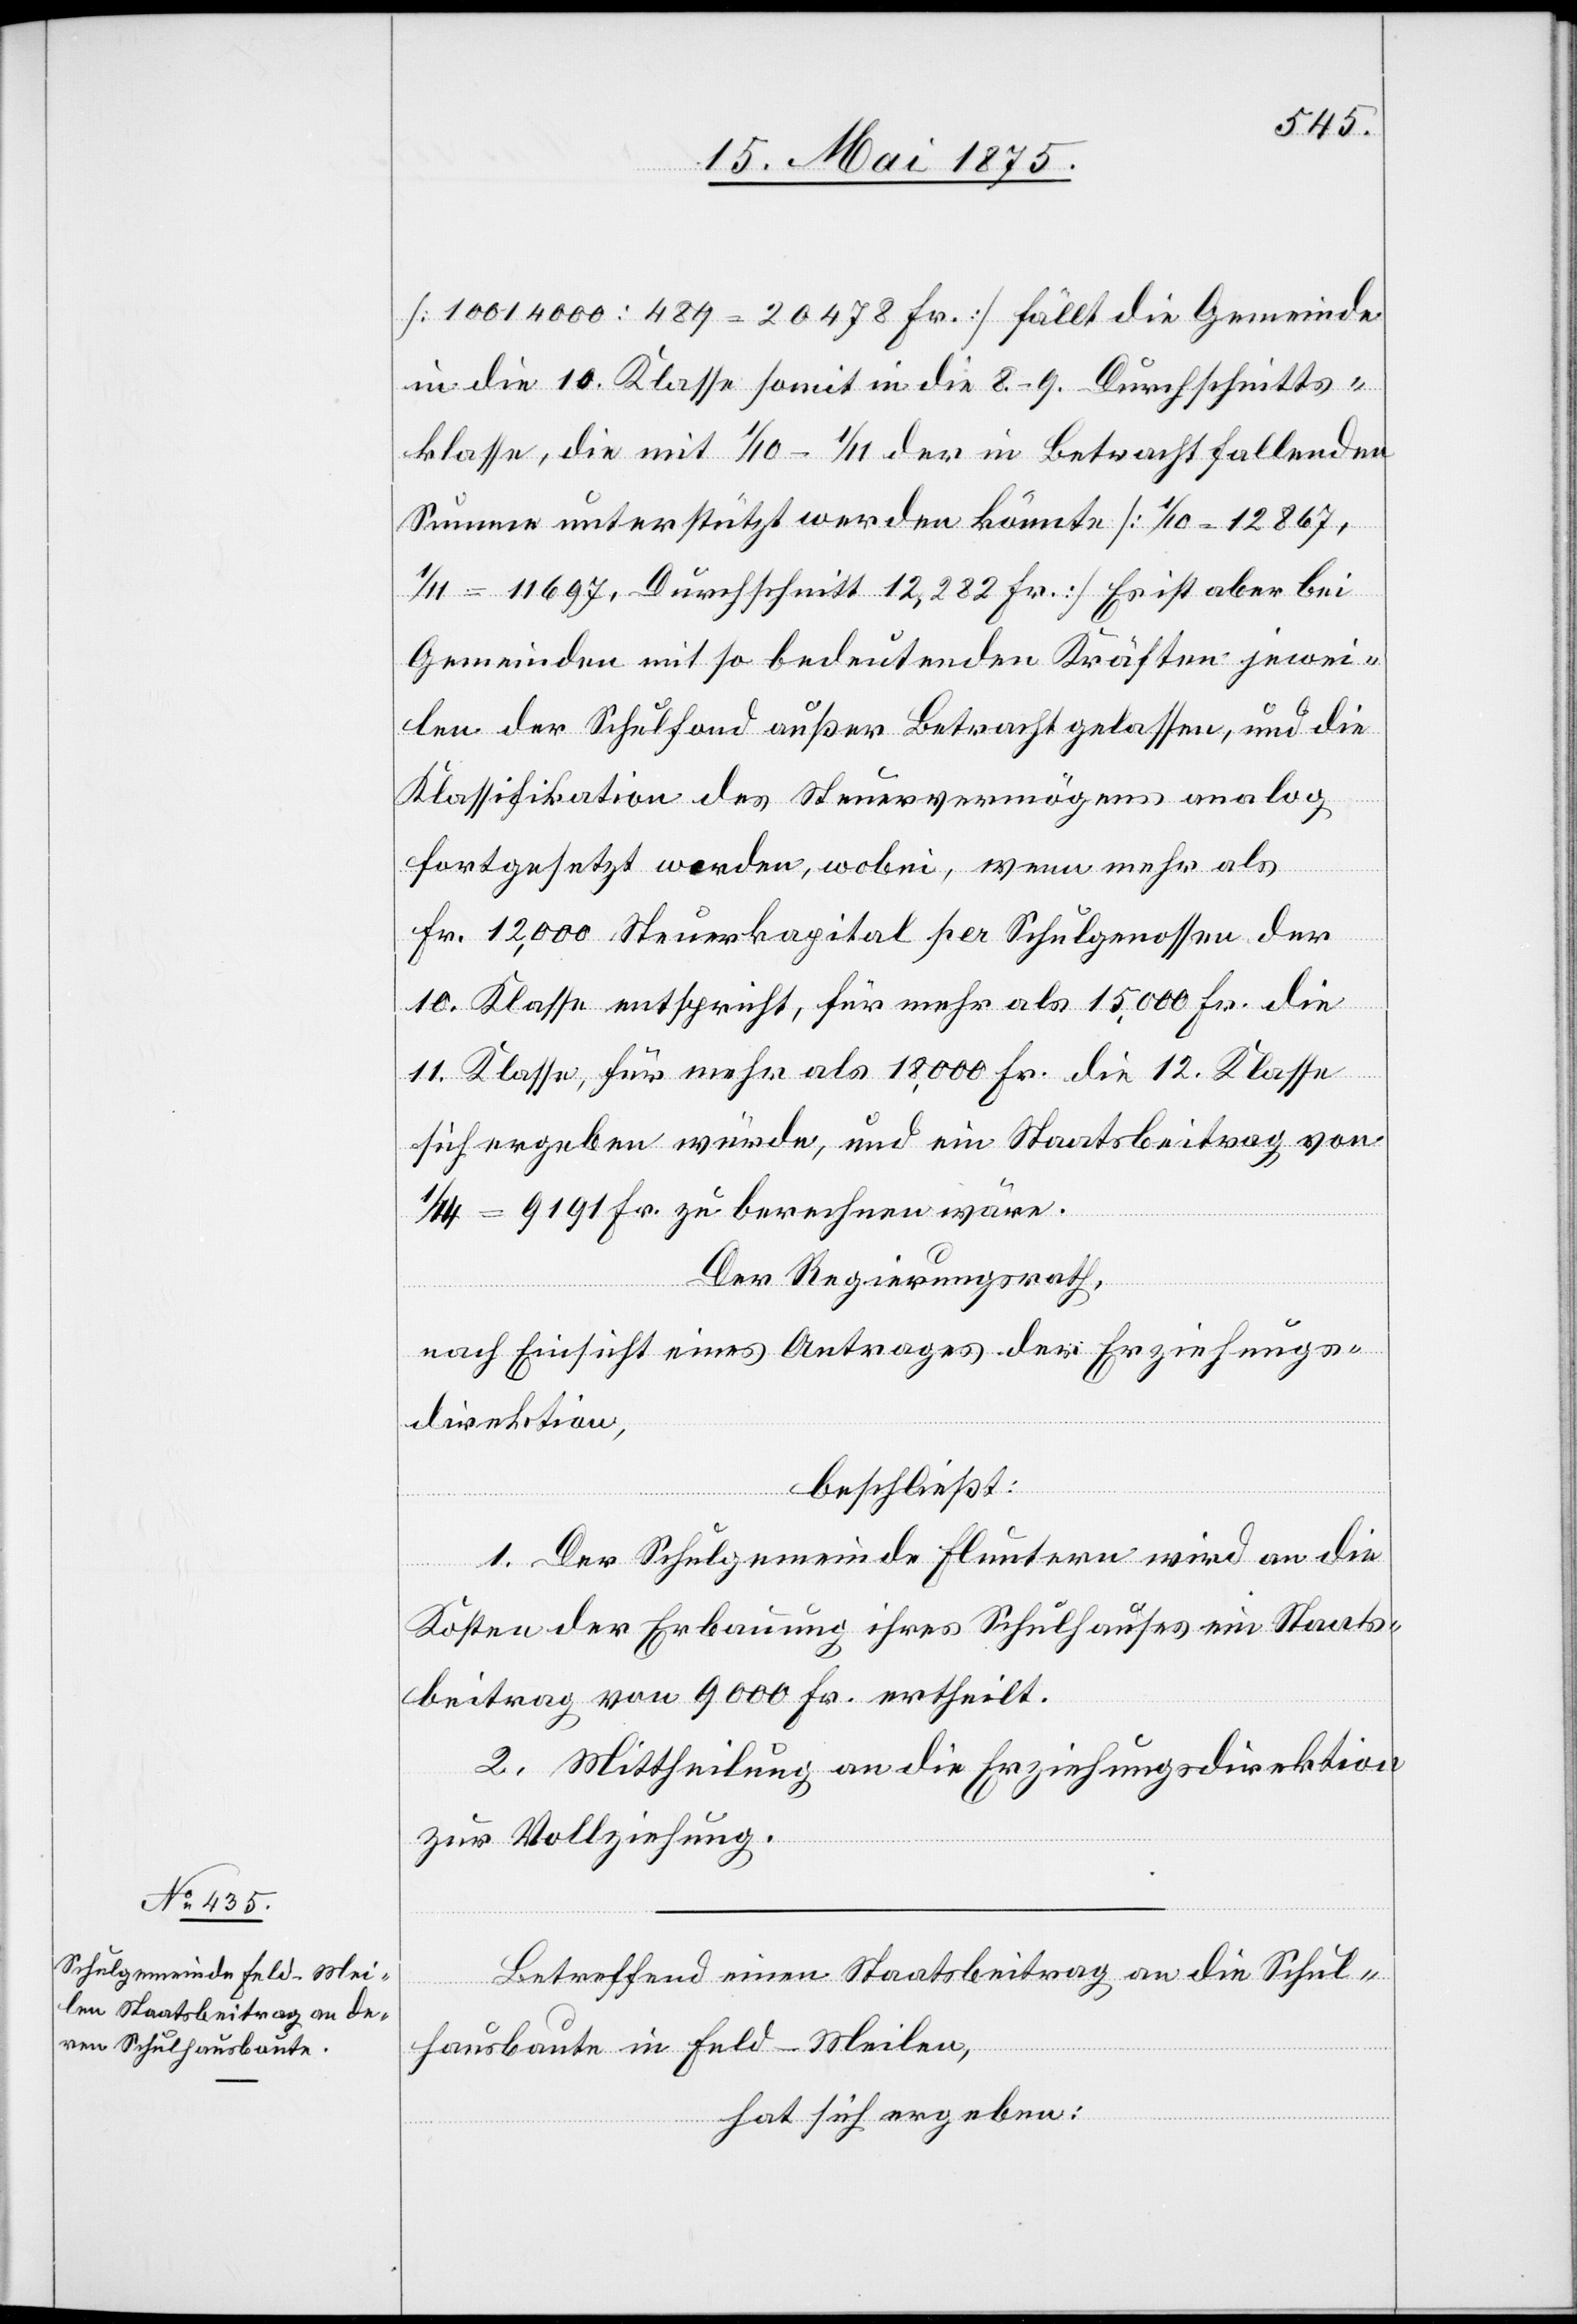
[10014000 : 489 = 20478 Fr.] fällt die Gemeinde
in die 10. Klasse somit in die 8.–9. Durchschnitts¬
klasse, die mit 1/10–1/11 der in Betracht fallenden
Summen unterstützt werden könnte [1/10 = 12867,
1/11 = 11697, Durchschnitt 12,282 Fr.]. Es ist aber bei
Gemeinden mit so bedeutenden Kräften jewei¬
len der Schulfond außer Betracht gelassen, und die
Klassifikation des Steuervermögens analog
fortgesetzt worden, wobei, wenn mehr als
Fr. 12,000 Steuerkapital per Schulgenossen der
10. Klasse entspricht, für mehr als 15,000 Fr. die
11. Klasse, für mehr als 18,000 die 12. Klasse
sich ergeben würde, und ein Staatsbeitrag von
= 9191 Fr. zu berechnen wäre.
Der Regierungsrath,
nach Einsicht eines Antrages der Erziehungs¬
direktion,
beschließt:
1. Der Schulgemeinde Fluntern wird an die
Kosten der Erbauung ihres Schulhauses ein Staats¬
beitrag von 9000 Fr. ertheilt.
2. Mittheilung an die Erziehungsdirektion
zur Vollziehung.
Betreffend einen Staatsbeitrag an die Schul¬
hausbaute in Feld-Meilen,
hat sich ergeben: